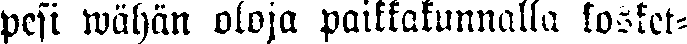
pesi wähän oloja paikkakunnalla kosket-